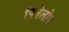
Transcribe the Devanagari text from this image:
पिनेलोप